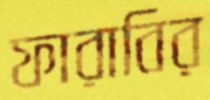
ফারাবির